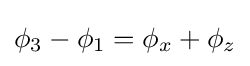
\phi _{3}-\phi _{1}=\phi _{x}+\phi _{z}